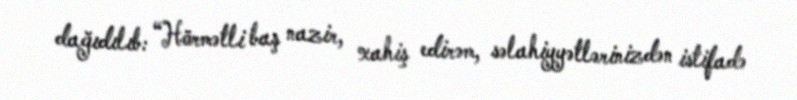
dağıdılıb: “Hörmətli baş nazir, xahiş edirəm, səlahiyyətlərinizdən istifadə